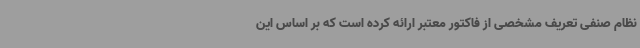
نظام صنفی تعریف مشخصی از فاکتور معتبر ارائه کرده است که بر اساس این